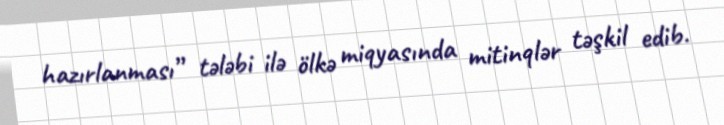
hazırlanması” tələbi ilə ölkə miqyasında mitinqlər təşkil edib.